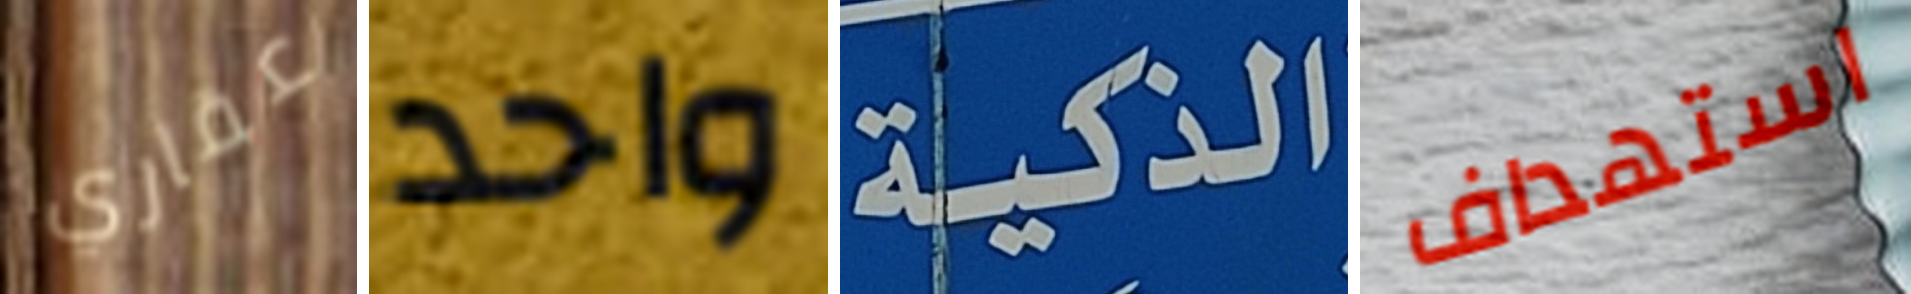
عقاري واحد الذكية استهداف